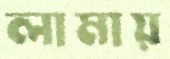
লামায়